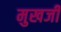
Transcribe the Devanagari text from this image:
मुखजी